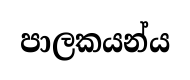
පාලකයන්ය